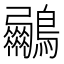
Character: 𮭟